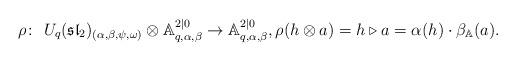
LaTeX: \begin{gather*} \rho \colon \ U_q(\mathfrak{sl}_2)_{(\alpha,\beta,\psi,\omega )}\otimes \mathbb{A}_{q,\alpha , \beta}^{2|0} \rightarrow \mathbb{A}_{q,\alpha , \beta}^{2|0}, \rho (h\otimes a)=h\triangleright a=\alpha (h)\cdot \beta_\mathbb{A}(a).\end{gather*}